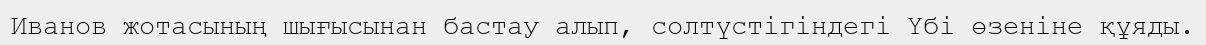
Иванов жотасының шығысынан бастау алып, солтүстігіндегі Үбі өзеніне құяды.